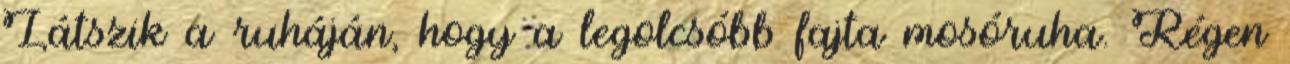
Látszik a ruháján, hogy a legolcsóbb fajta mosóruha. Régen